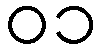
၀၁